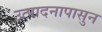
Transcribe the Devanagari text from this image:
उत्पादनापासुन